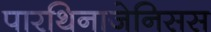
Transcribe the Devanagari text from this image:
पारथिनाजेनिसस